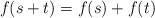
LaTeX: \begin{align*}f(s + t) = f(s) + f(t)\end{align*}